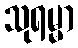
သုရမ္မာ